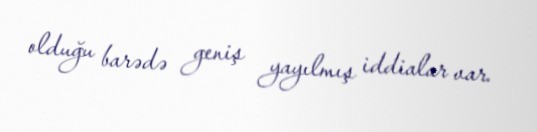
olduğu barədə geniş yayılmış iddialar var.